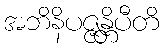
အဘိနိပဇ္ဇန္တိပီတိ